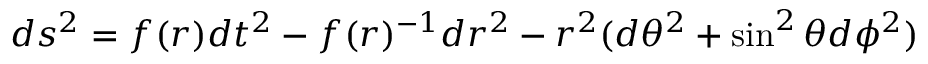
d s ^ { 2 } = f ( r ) d t ^ { 2 } - f ( r ) ^ { - 1 } d r ^ { 2 } - r ^ { 2 } ( d \theta ^ { 2 } + \sin ^ { 2 } \theta d \phi ^ { 2 } )